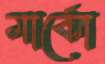
মার্কো